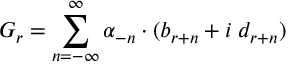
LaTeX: G _ { r } = \sum _ { n = - \infty } ^ { \infty } \alpha _ { - n } \cdot ( b _ { r + n } + i \; d _ { r + n } )